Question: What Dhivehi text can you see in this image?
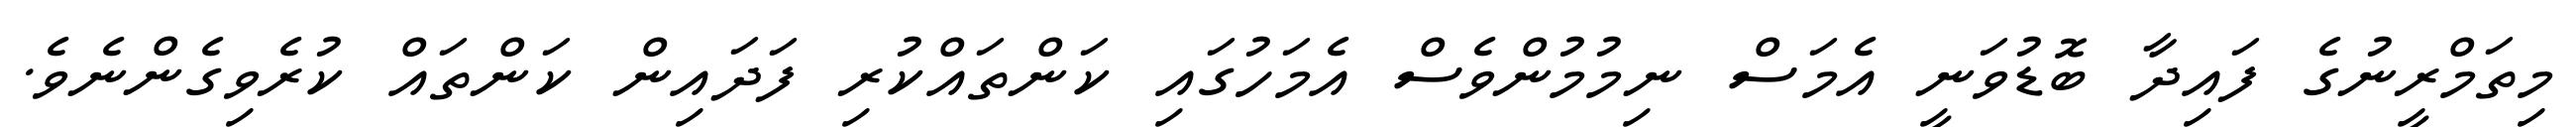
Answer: މިތަމްރީނުގެ ފައިދާ ބޮޑުވަނީ އެމަސް ނިމުމުންވެސް އެމަހުގައި ކަންތައްކުރި ފަދައިން ކަންތައް ކުރެވިގެންނެވެ.